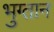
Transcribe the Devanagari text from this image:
भुग्तान